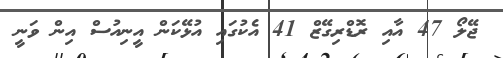
ޖޭލޯ 47 އާއި ރޮޑްރިގޭޒް 41 އެކުގައި އުޅޭކަން އީނިއުސް އިން ވަނީ